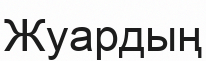
Жуардың